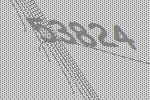
53824